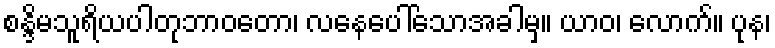
စန္ဒိမသူရိယပါတုဘာဝတော၊ လနေပေါ်သောအခါမှ။ ယာဝ၊ လောက်။ ပုန၊